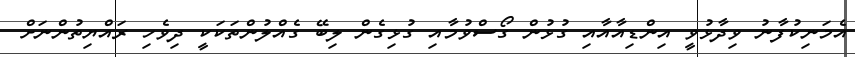
އެމަނިކުފާނު ވިދާޅުވީ އިންޑިއާއާއި ގުޅުން ގޯސްވުމާއި ގުޅިގެން ލިބޭ ގެއްލުންތަކަކީ ދިވެހި ރައްޔިތުންނަށް